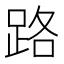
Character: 路